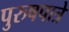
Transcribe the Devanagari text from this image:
पुरुषपात्रे